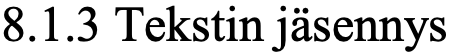
8.1.3 Tekstin jäsennys